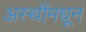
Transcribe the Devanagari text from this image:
अस्थींमधून